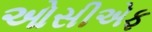
ઓસીએફ